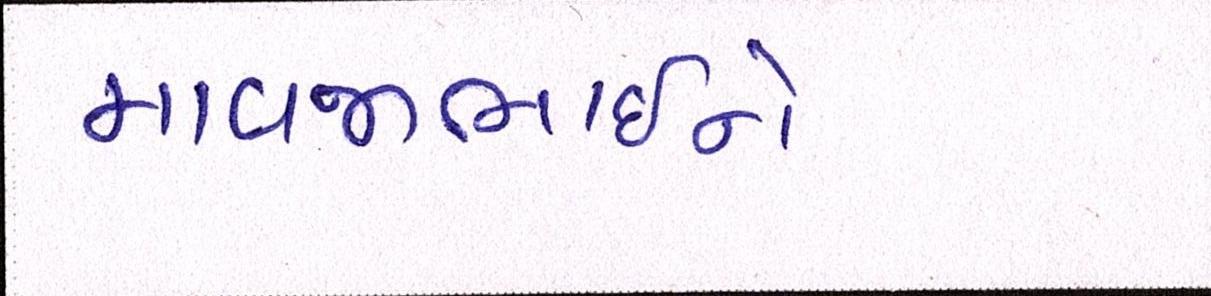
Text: માવજીભાઇને